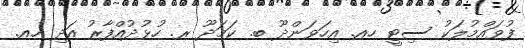
ފުވައްމުލަކު ސިޓީ ހއ. އިހަވަންދޫ ބ. ކަމަދޫ ރ. ހުޅުދުއްފާރު އަދި ހއ.